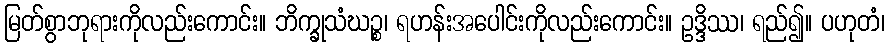
မြတ်စွာဘုရားကိုလည်းကောင်း။ ဘိက္ခုသံဃဉ္စ၊ ရဟန်းအပေါင်းကိုလည်းကောင်း။ ဥဒ္ဒိဿ၊ ရည်၍။ ပဟုတံ၊